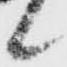
候